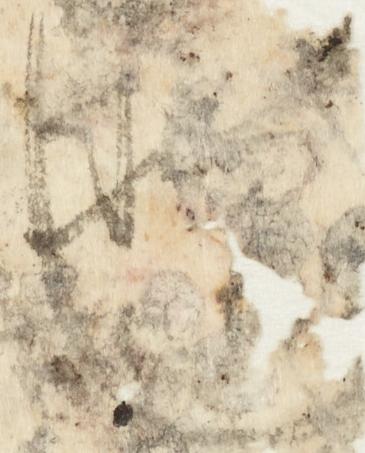
也